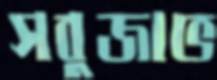
সবুজাভ